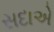
સદાએ